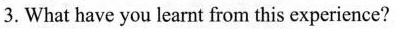
3.What have you learnt from this experience?